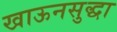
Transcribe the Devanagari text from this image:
खाऊनसुद्धा